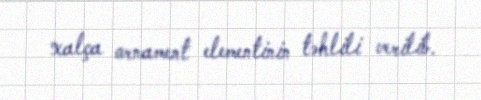
xalça ornament elementinin təhlili verilib.